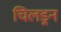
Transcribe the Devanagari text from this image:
चिलड्रन